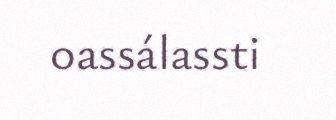
oassálassti